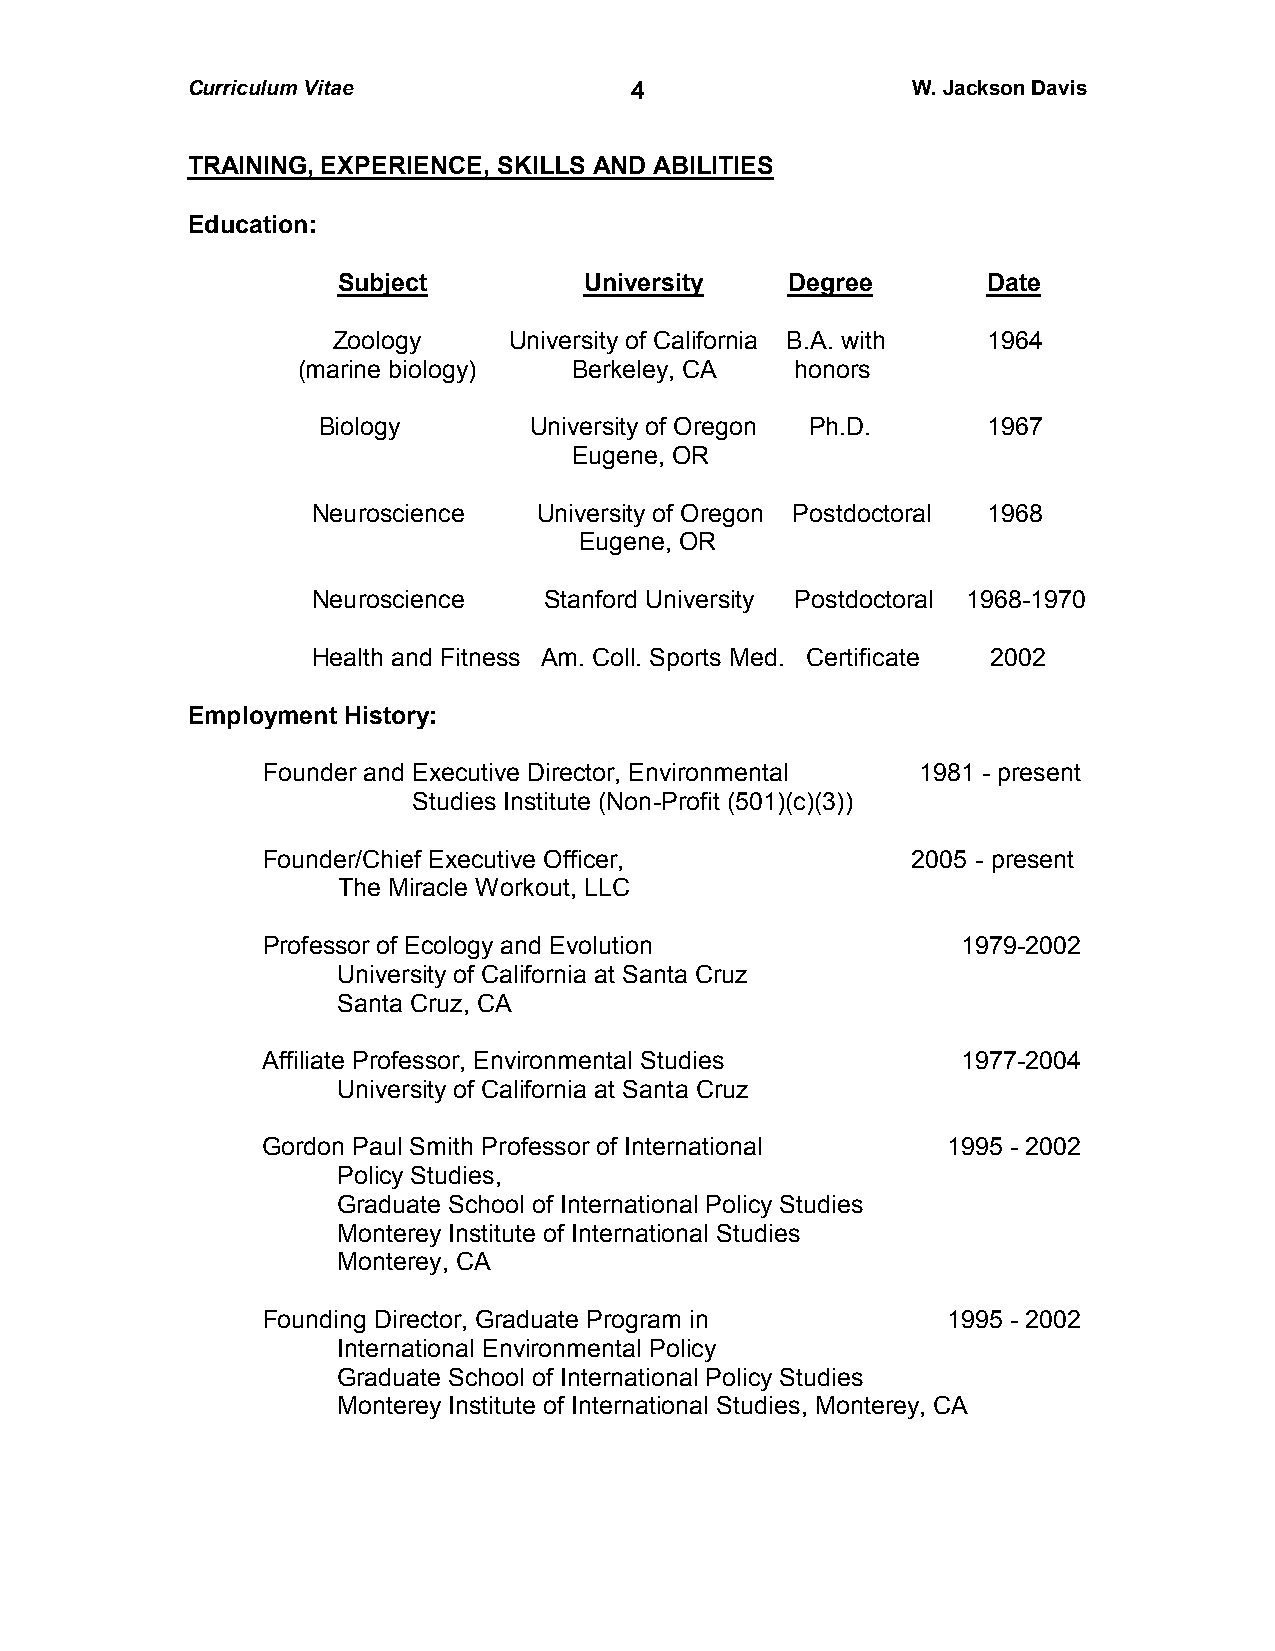
Curriculum Vitae              4                 W. Jackson Davis
 TRAINING, EXPERIENCE, SKILLS AND ABILITIES
 Education:
 Subject          University   Degree       Date
 Zoology     University of California B.A. with 1964
 (marine biology)  Berkeley, CA   honors
 Biology       University of Oregon Ph.D.    1967
 Eugene, OR
 Neuroscience   University of Oregon Postdoctoral 1968
 Eugene, OR
 Neuroscience   Stanford University Postdoctoral 1968-1970
 Health and Fitness Am. Coll. Sports Med. Certificate 2002
 Employment History:
 Founder and Executive Director, Environmental 1981 - present
 Studies Institute (Non-Profit (501)(c)(3))
 Founder/Chief Executive Officer,           2005 - present
 The Miracle Workout, LLC
 Professor of Ecology and Evolution             1979-2002
 University of California at Santa Cruz
 Santa Cruz, CA
 Affiliate Professor, Environmental Studies     1977-2004
 University of California at Santa Cruz
 Gordon Paul Smith Professor of International  1995 - 2002
 Policy Studies,
 Graduate School of International Policy Studies
 Monterey Institute of International Studies
 Monterey, CA
 Founding Director, Graduate Program in        1995 - 2002
 International Environmental Policy
 Graduate School of International Policy Studies
 Monterey Institute of International Studies, Monterey, CA